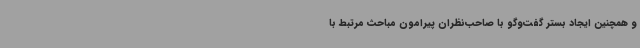
و همچنین ایجاد بستر گفت‌وگو با صاحب‌نظران پیرامون مباحث مرتبط با